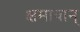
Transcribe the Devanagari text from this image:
क्षमावान्